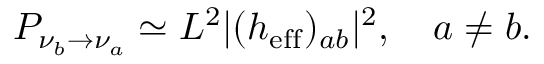
P _ { \nu _ { b } \rightarrow \nu _ { a } } \simeq L ^ { 2 } | ( h _ { \mathrm { e f f } } ) _ { a b } | ^ { 2 } , \quad a \neq b .